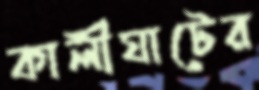
কালীঘাটের